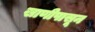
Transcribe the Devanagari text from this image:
खाणीपासून